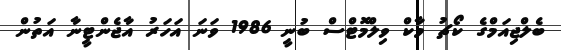
ބެލްޖިއަމްގެ ކޯޗު މާކް ވިލްމޮޓްސް ބުނީ 1986 ވަނަ އަހަރު އާޖެންޓީނާ އަތުން